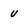
Character: u